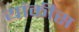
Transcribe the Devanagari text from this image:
यांकीस